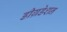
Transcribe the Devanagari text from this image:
डीग्रडेशन